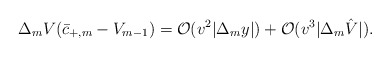
\begin{align*} \Delta_mV(\bar{c}_{+,m}-V_{m-1})=\mathcal{O}(v^2|\Delta_my|)+\mathcal{O}(v^3|\Delta_m\hat{V}|).\end{align*}